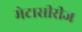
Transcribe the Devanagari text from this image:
मेटासीरीज